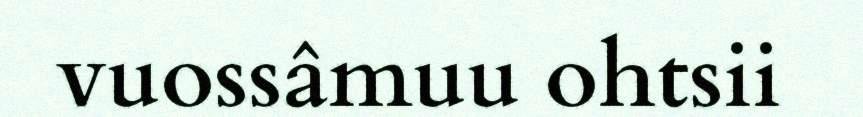
vuossâmuu ohtsii